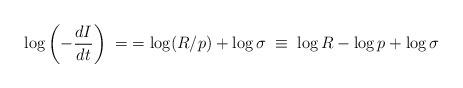
LaTeX: \begin{align*}\log \left( - \frac{dI}{dt} \right) \; = \; = \log( R/p) + \log \sigma \; \equiv \; \log R - \log p + \log \sigma \end{align*}